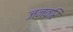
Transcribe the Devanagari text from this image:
जनवरि